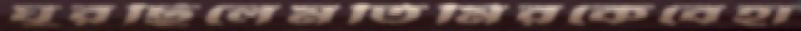
ঘুরছিলেমতিমিরকেবেহা